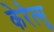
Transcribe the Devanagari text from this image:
केरेत्सु